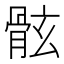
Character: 𩨬